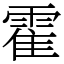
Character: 霍